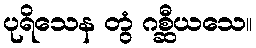
ပုရိသေန တွံ ဂစ္ဆီယသေ။